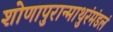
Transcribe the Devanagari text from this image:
शोणापुरान्माथुरंमंडलं